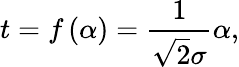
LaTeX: t=f\left(\alpha\right)=\frac{1}{\sqrt{2}\sigma}\alpha,